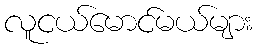
လူငယ်မောင်မယ်များ